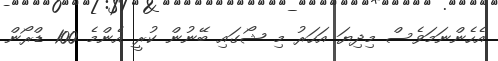
އެހެންނަމަވެސް މިދިޔަ އަހަރު މި ޝޯގައި ބޭނުން ކުރީ އެންމެ 100 ޑްރޯން